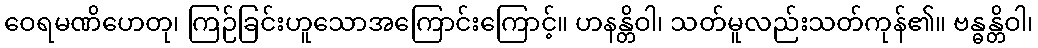
ဝေရမဏိဟေတု၊ ကြဉ်ခြင်းဟူသောအကြောင်းကြောင့်။ ဟနန္တိဝါ၊ သတ်မူလည်းသတ်ကုန်၏။ ဗန္ဓန္တိဝါ၊